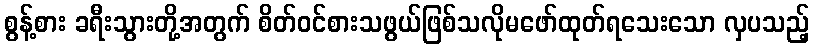
စွန့်စား ခရီးသွားတို့အတွက် စိတ်ဝင်စားသဖွယ်ဖြစ်သလိုမဖော်ထုတ်ရသေးသော လှပသည့်